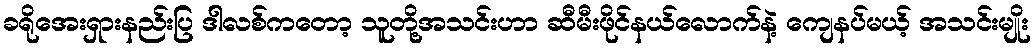
ခရိုအေးရှားနည်းပြ ဒါလစ်ကတော့ သူတို့အသင်းဟာ ဆီမီးဖိုင်နယ်လောက်နဲ့ ကျေနပ်မယ့် အသင်းမျိုး